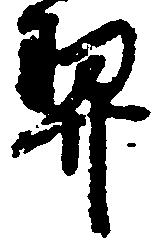
契